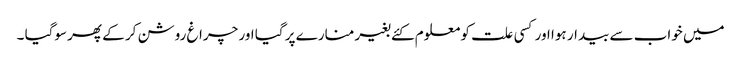
میں خواب سے بیدار ہوا اور کسی علت کو معلوم کئے بغیر منارے پر گیا اور چراغ روشن کر کے پھر سوگیا ۔